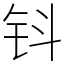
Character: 钭